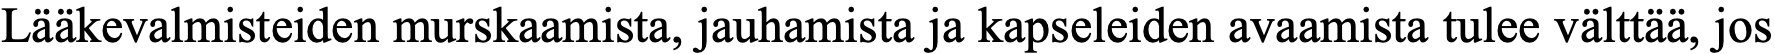
Lääkevalmisteiden murskaamista, jauhamista ja kapseleiden avaamista tulee välttää, jos